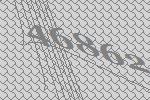
46862